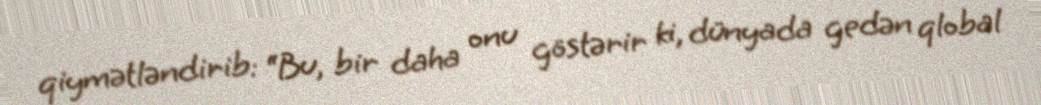
qiymətləndirib: “Bu, bir daha onu göstərir ki, dünyada gedən qlobal